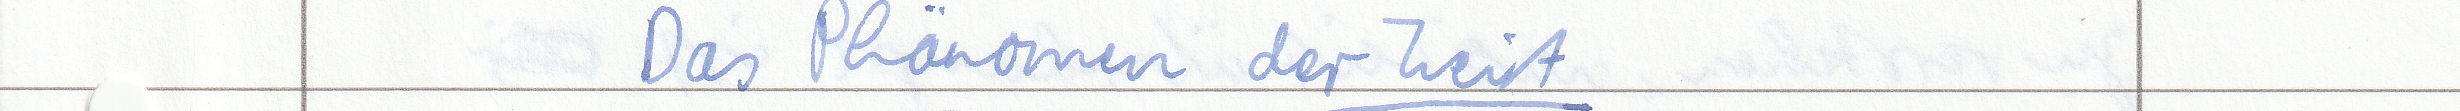
Das Phänomen der Zeit